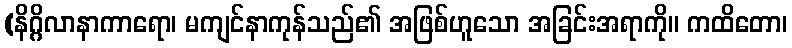
(နိဂ္ဂိလာနာကာရော၊ မကျင်နာကုန်သည်၏ အဖြစ်ဟူသော အခြင်းအရာကို။ ကထိတော၊